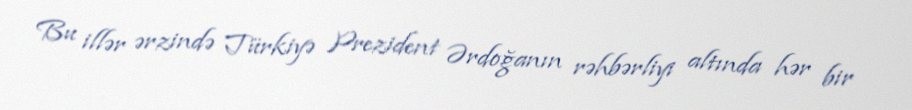
Bu illər ərzində Türkiyə Prezident Ərdoğanın rəhbərliyi altında hər bir